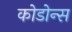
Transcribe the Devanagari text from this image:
कोडोन्स